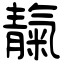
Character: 靝